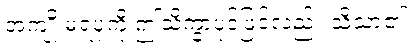
အကျိုးမရပုံကို ဤသိက္ခာပုဒ်ဖြင့်လည်း သိသာ၏။